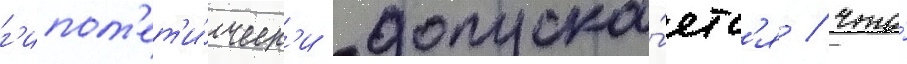
г'ипот'ет'и́ческ'и допуска́етс'я / что́